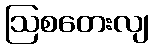
ဩစတေးလျ